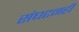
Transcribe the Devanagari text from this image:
संघटनही